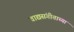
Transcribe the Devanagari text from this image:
वाद्यसंगीताच्या